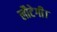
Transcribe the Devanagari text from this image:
लौटेगी।